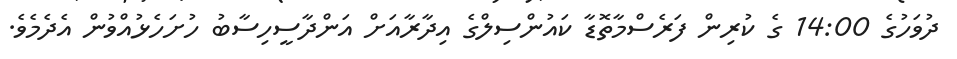
ދުވަހުގެ 14:00 ގެ ކުރިން ފަރެސްމާތޮޑާ ކައުންސިލްގެ އިދާރާއަށް އަންދާސީހިސާބު ހުށަހެޅުއްވުން އެދެމެވެ.